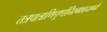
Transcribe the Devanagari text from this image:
तत्रपात्राणिपूर्णानिश्मशानाग्नेः